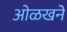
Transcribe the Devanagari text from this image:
ओळखने